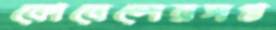
কোবেলেরসপ্ত